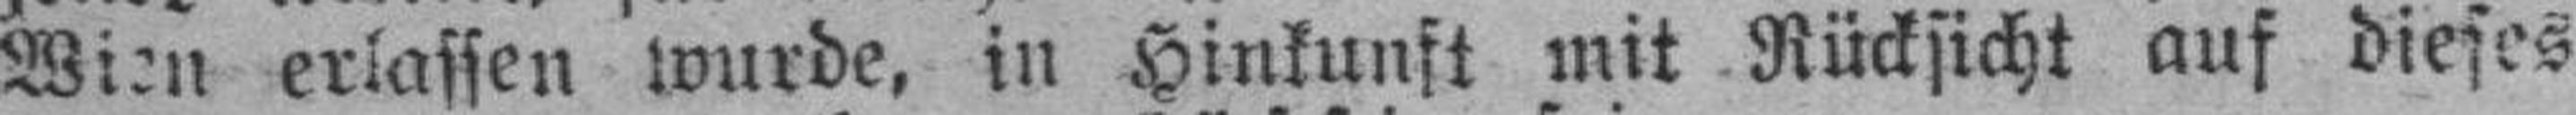
Wien erlassen wurde, in Hinkunft mit Rücksicht auf dieses